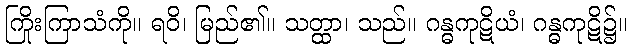
ကြိုးကြာသံကို။ ရဝိ၊ မြည်၏။ သတ္ထာ၊ သည်။ ဂန္ဓကုဋိယံ၊ ဂန္ဓကုဋိ၌။